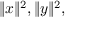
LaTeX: \| x \| ^ { 2 } , \| y \| ^ { 2 } ,